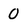
Character: 0